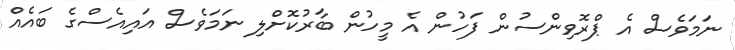
ނަމަވެސް އެ ޕްރޮވިންސުން ފަހުން އެ މީހުން ބާރުކޮށްލި ނަމަވެސް އައިއެސްގެ ބައެއް